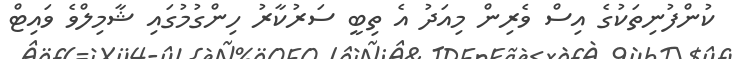
ކުންފުނިތަކުގެ އިސް ވެރިން މިއަދު އެ ތިބީ ސަރުކާރު ހިންގުމުގައި ޝާމިލްވެ ވައިޓް